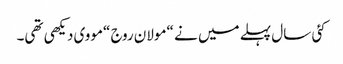
کئی سال پہلے میں نے “مولان روج “مووی دیکھی تھی۔